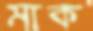
মাক